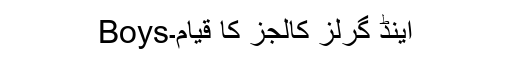
Boysاینڈ گرلز کالجز کا قیام۔